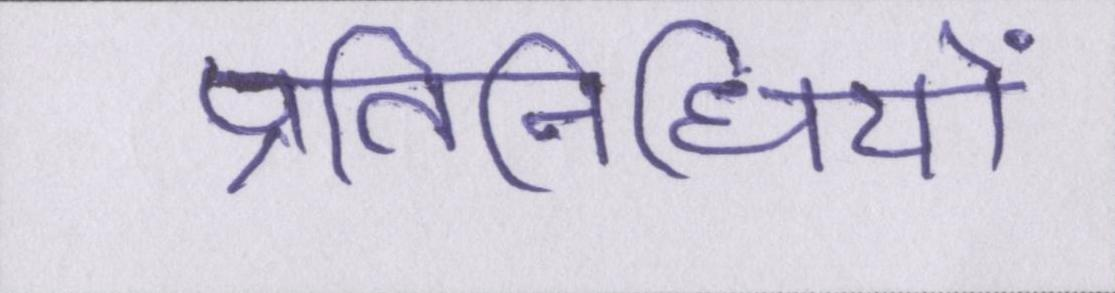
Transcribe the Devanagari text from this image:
प्रतिनिधियों